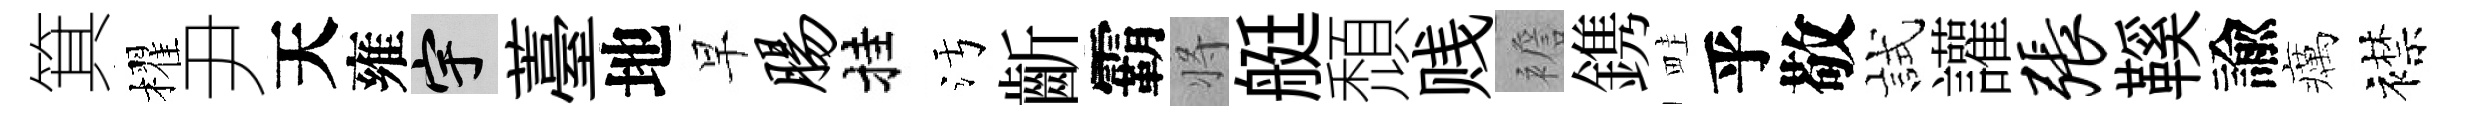
箕櫂尹天雍宇薹地早肠挂污齗霸将艇頹贱襜鎸畦乎敬試讙张鞵諭癘襟